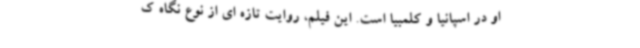
او در اسپانیا و کلمبیا است. این فیلم، روایت تازه ای از نوع نگاه ک